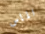
الماس